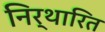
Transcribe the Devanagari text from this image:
निर्थारित